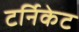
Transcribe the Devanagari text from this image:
टर्निकेट